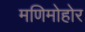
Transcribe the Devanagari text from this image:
मणिमोहोर